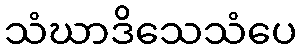
သံဃာဒိသေသံပေ